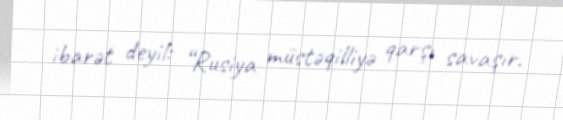
ibarət deyil: “Rusiya müstəqilliyə qarşı savaşır.